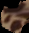
c